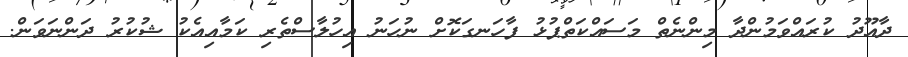
ދާއޫދު ކުރައްވަމުންދާ މިންނެތް މަސައްކަތްޕުޅު ފާހަނގަކޮށް ނުހަނު އިހުލާސްތެރި ކަމާއިއެކު ޝުކުރު ދަންނަވަން.